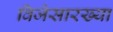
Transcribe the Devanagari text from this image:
विजेसारख्या